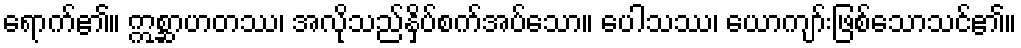
ရောက်၏။ ဣစ္ဆာဟတဿ၊ အလိုသည်နှိပ်စက်အပ်သော။ ပေါသဿ၊ ယောကျာ်းဖြစ်သောသင်၏။